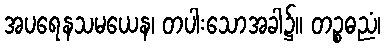
အပရေနသမယေန၊ တပါးသောအခါ၌။ တဉ္စဓညံ၊